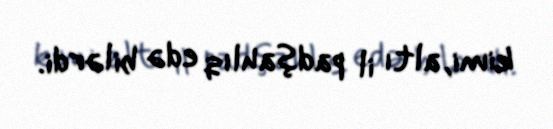
kimi, altı il padşahlıq edə bilərdi.